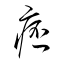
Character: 痞